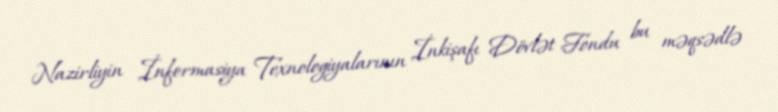
Nazirliyin İnformasiya Texnologiyalarının İnkişafı Dövlət Fondu bu məqsədlə